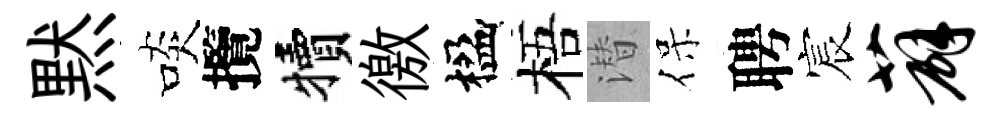
黙啖攬犢徼楹梧潜保聘宸薜